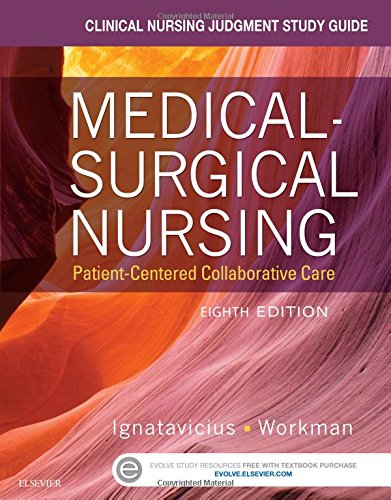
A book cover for Clinical Nursing Judgment Study Guide for Medical-Surgical Nursing: Patient-Centered Collaborative Care, 8e; Donna D. Ignatavicius MS  RN  ANEF; Medical Books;